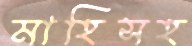
মাহিসহ